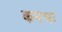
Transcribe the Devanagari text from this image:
कनधा